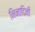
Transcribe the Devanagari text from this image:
निनादिनी